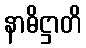
နာဓိဋ္ဌာတိ